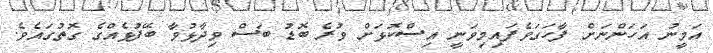
އަމީނު އަހަންނަށް ފާހަގަވެފައިމިވަނީ އިސްކޮޅަށް ވުރެ ބޮޑު ބަސް ވިދާޅުވާ ބޭފުޅެއްގެ ގޮތުގައެވެ.